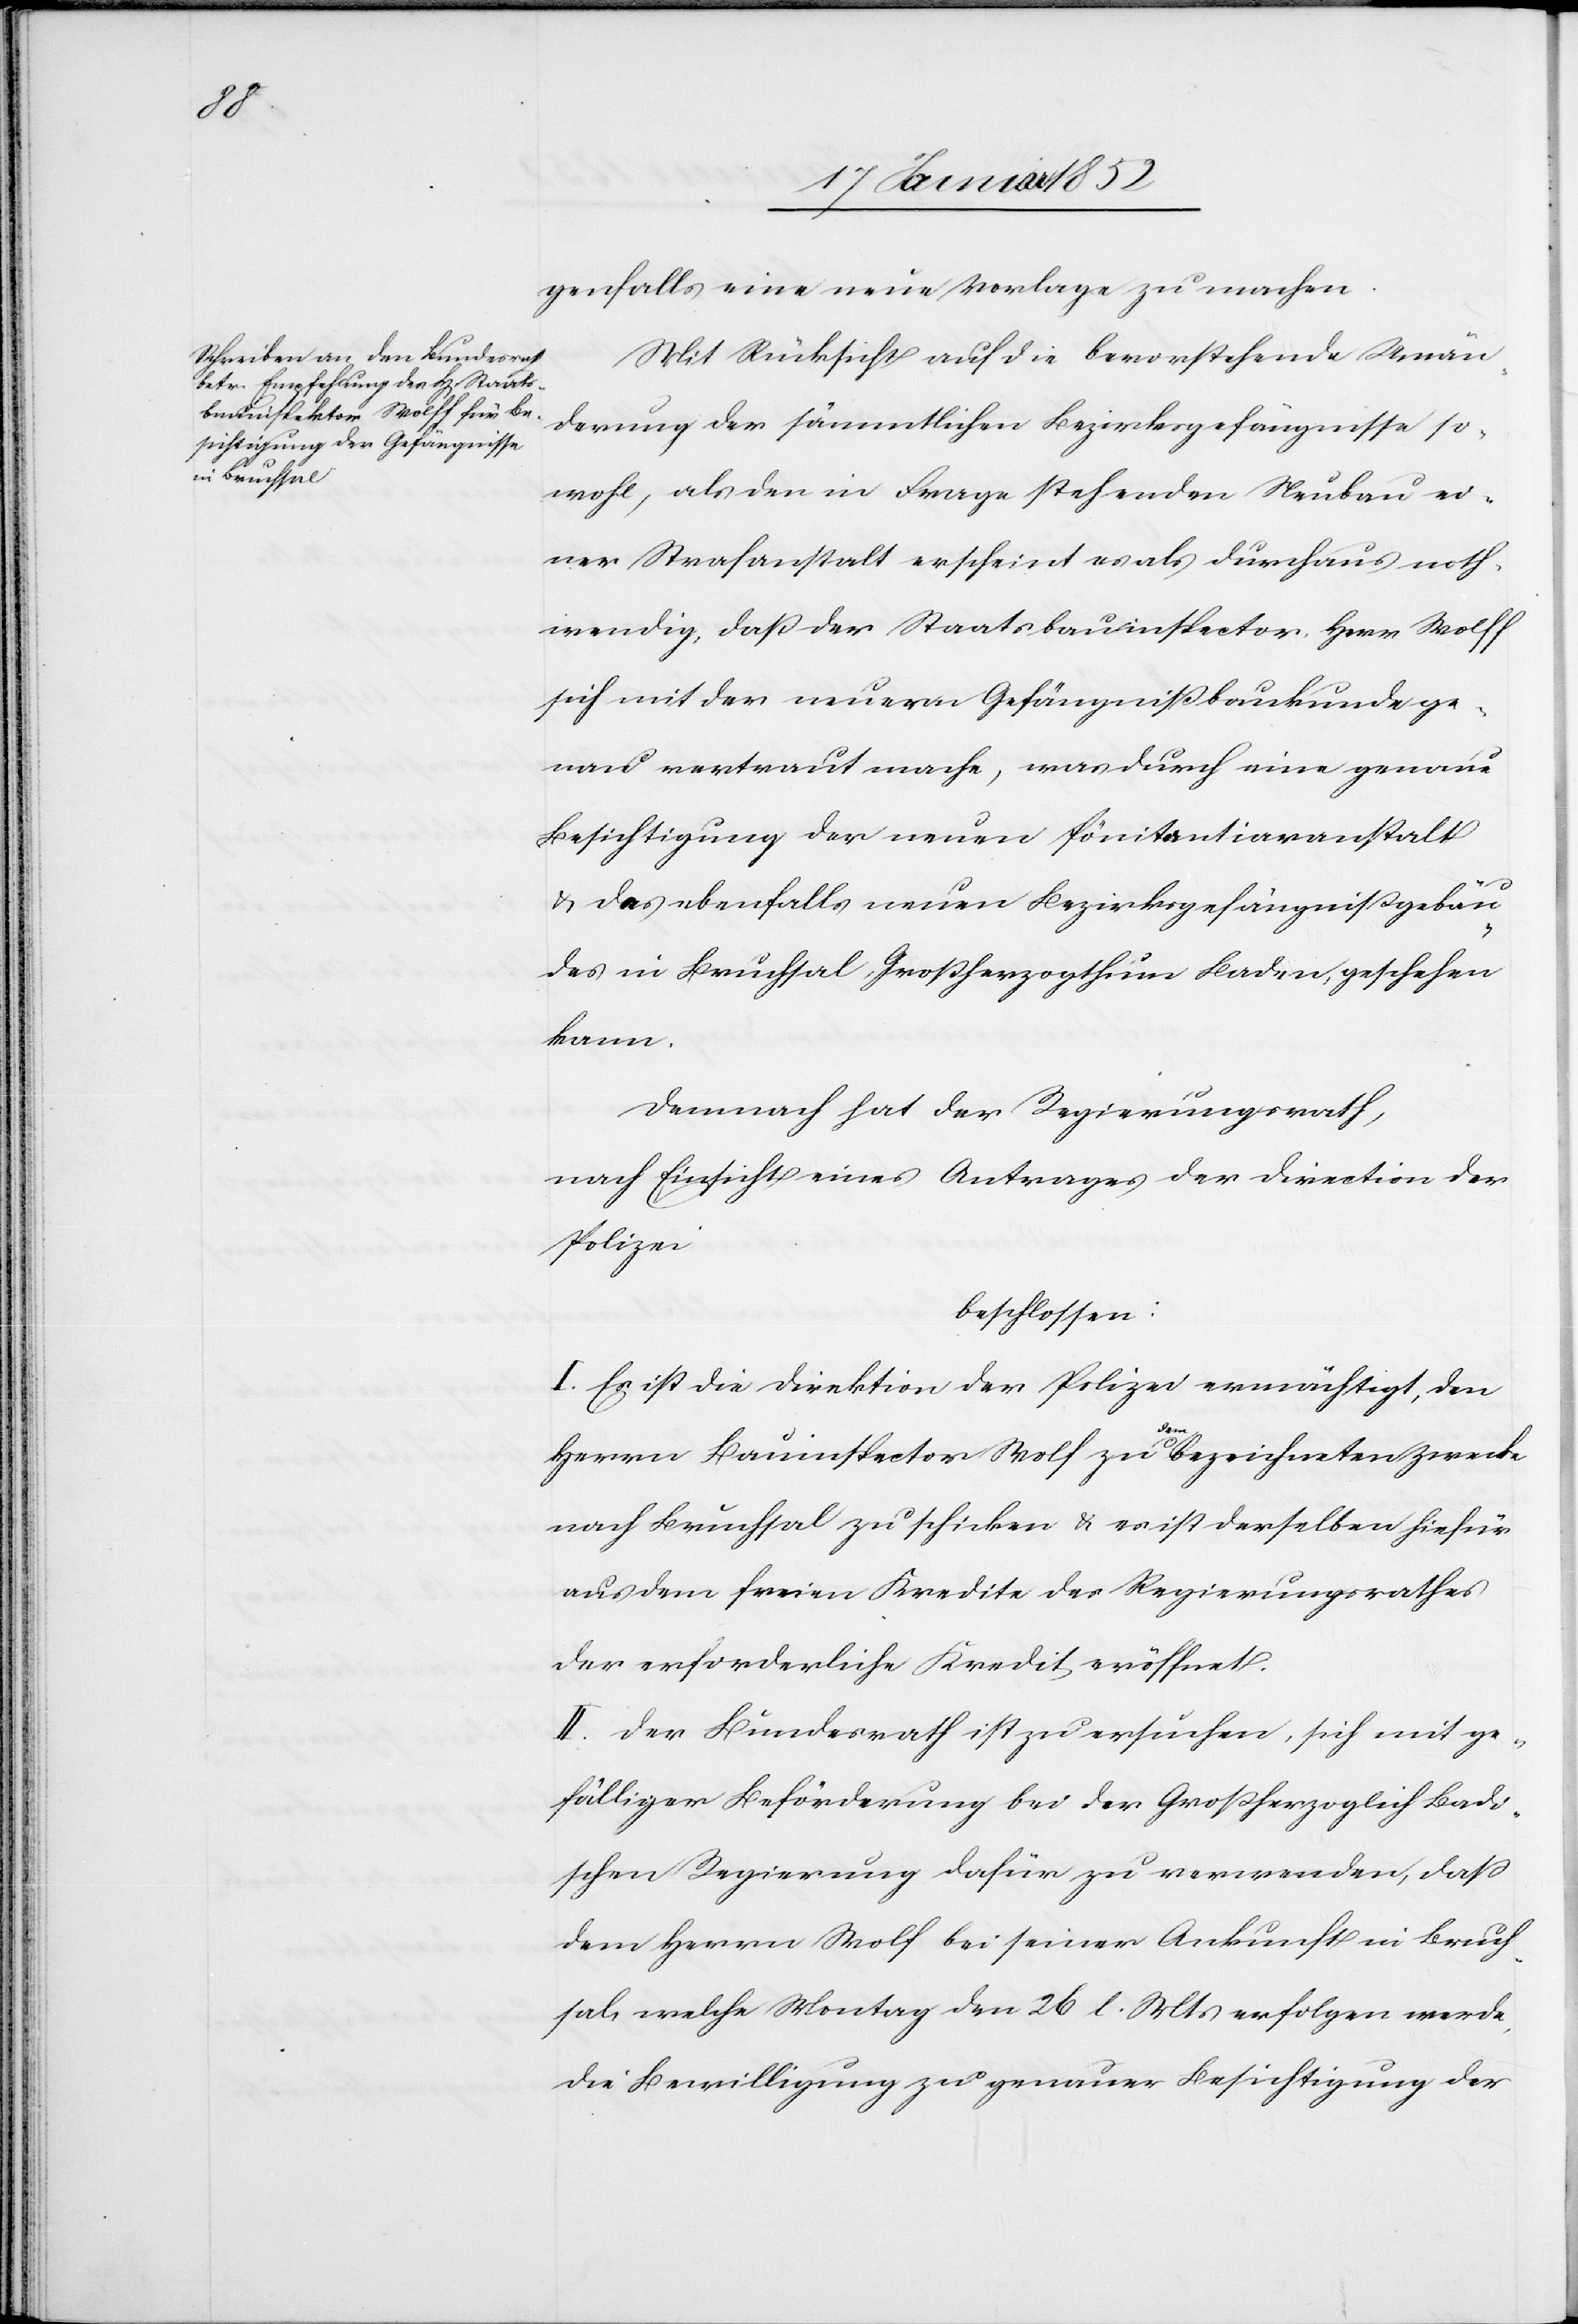
genfalls eine neue Vorlage zu machen.
Mit Rücksicht auf die bevorstehende Verän¬
derung der sämmtlichen Bezirksgefängnisse so¬
wohl, als den in Frage stehenden Neubau ei¬
ner Strafanstalt erscheint es als durchaus noth¬
wendig, daß der Staatsbauinspector Herr Wolff
sich mit der neuern Gefängnißbaukunde ge¬
nau vertraut mache, was durch eine genaue
Besichtigung der neuen Pönitantiaranstalt
u. des ebenfalls neuen Bezirksgefängnißgebäu¬
des in Bruchsal, Großherzogthum Baden, geschehen
kann.
Demnach hat der Regierungsrath,
nach Einsicht eines Antrages der Direction der
Polizei
beschlossen:
I. Es ist die Direktion der Polizei ermächtigt, den
Herrn Bauinspektor Wolf zu dem bezeichneten Zweck
nach Bruchsal zu schicken u. es ist derselben hiefür
aus dem freien Kredite des Regierungsrathes
der erforderliche Kredit eröffnet.
II. Der Bundesrath ist zu ersuchen, sich mit ge¬
fälliger Beförderung bei der Großherzoglich Badi¬
schen Regierung dafür zu verwenden, daß
dem Herrn Wolf bei seiner Ankunft in Bruch¬
sal, welche Montag den 26 l. Mts erfolgen werde,
die Bewilligung zu genauer Besichtigung der